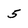
Character: 5